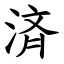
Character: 済